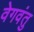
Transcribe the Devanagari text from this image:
वेगवंतु